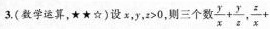
3.(数学运算，★★☆ )设$$x , y , z > 0$$，则三个数$$\frac { y } { x } + \frac { y } { z }$$，$$\frac { z } { x } +